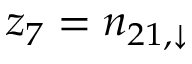
z _ { 7 } = n _ { 2 1 , \downarrow }